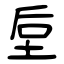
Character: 垕